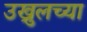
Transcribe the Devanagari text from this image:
उख्रुलच्या